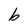
Character: b